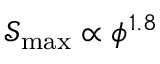
{ \mathcal { S } _ { \mathrm { m a x } } \propto \phi ^ { 1 . 8 } }